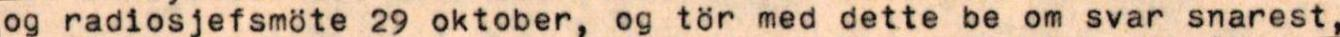
og radiosjefsmöte 29 oktober, og tör med dette be om svar snarest,